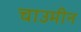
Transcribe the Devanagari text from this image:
चाउमीन